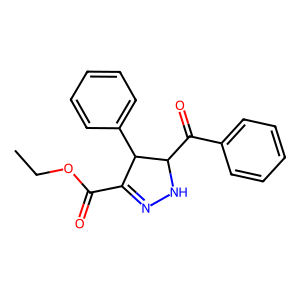
SMILES: CCOC(=O)C1=NNC(C(=O)c2ccccc2)C1c1ccccc1
Inhibits HIV replication: No